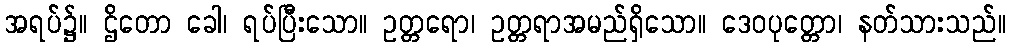
အရပ်၌။ ဌိတော ခေါ၊ ရပ်ပြီးသော။ ဥတ္တရော၊ ဥတ္တရာအမည်ရှိသော။ ဒေဝပုတ္တော၊ နတ်သားသည်။